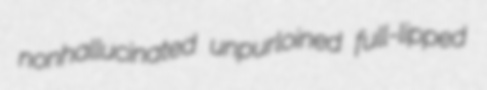
nonhallucinated unpurloined full-lipped